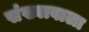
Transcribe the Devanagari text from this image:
संख्यावाला